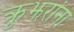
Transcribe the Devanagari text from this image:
क्रुझरांना